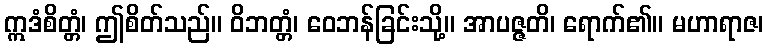
ဣဒံစိတ္တံ၊ ဤစိတ်သည်။ ဝိဘတ္တံ၊ ဝေဘန်ခြင်းသို့။ အာပဇ္ဇတိ၊ ရောက်၏။ မဟာရာဇ၊